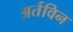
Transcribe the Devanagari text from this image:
अर्तविन